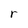
Character: r